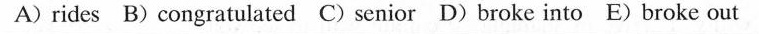
A) rides B) congratulated C) senior D) broke into E) broke out